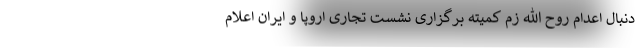
دنبال اعدام روح الله زم کمیته برگزاری نشست تجاری اروپا و ایران اعلام